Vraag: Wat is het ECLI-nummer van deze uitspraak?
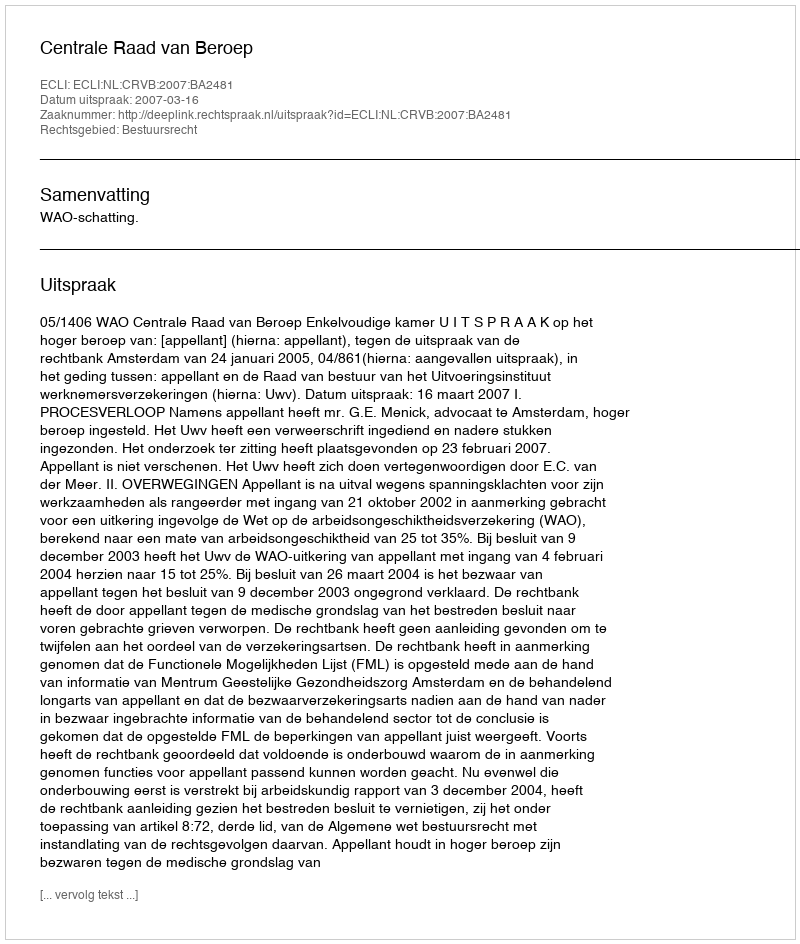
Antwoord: ECLI:NL:CRVB:2007:BA2481